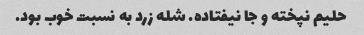
حلیم نپخته و جا نیفتاده. شله زرد به نسبت خوب بود.